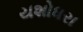
યશોધરા